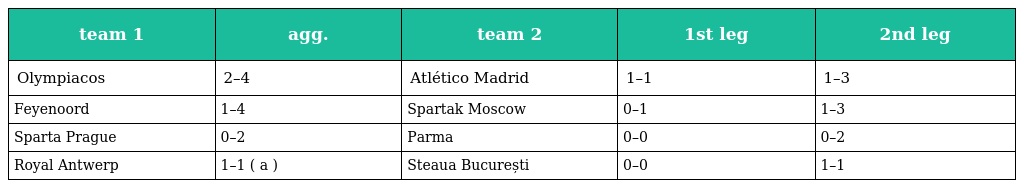
| team 1 | agg. | team 2 | 1st leg | 2nd leg |
 | --- | --- | --- | --- | --- |
 | Olympiacos | 2–4 | Atlético Madrid | 1–1 | 1–3 |
 | Feyenoord | 1–4 | Spartak Moscow | 0–1 | 1–3 |
 | Sparta Prague | 0–2 | Parma | 0–0 | 0–2 |
 | Royal Antwerp | 1–1 ( a ) | Steaua București | 0–0 | 1–1 |